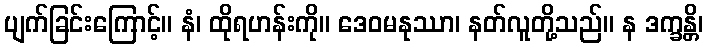
ပျက်ခြင်းကြောင့်။ နံ၊ ထိုရဟန်းကို။ ဒေဝမနုဿာ၊ နတ်လူတို့သည်။ န ဒက္ခန္တိ၊